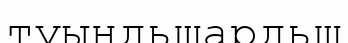
туындьшардьщ